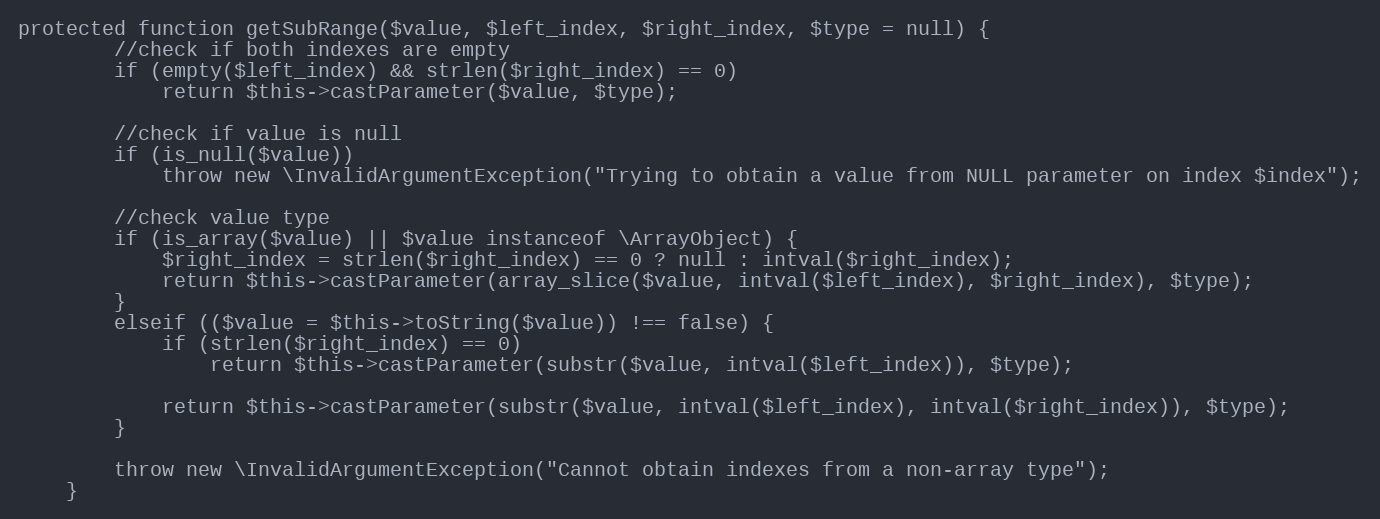
Language: PHP
protected function getSubRange($value, $left_index, $right_index, $type = null) {
		//check if both indexes are empty
		if (empty($left_index) && strlen($right_index) == 0)
			return $this->castParameter($value, $type);

		//check if value is null
		if (is_null($value))
			throw new \InvalidArgumentException("Trying to obtain a value from NULL parameter on index $index");

		//check value type
		if (is_array($value) || $value instanceof \ArrayObject) {
			$right_index = strlen($right_index) == 0 ? null : intval($right_index);
			return $this->castParameter(array_slice($value, intval($left_index), $right_index), $type);
		}
		elseif (($value = $this->toString($value)) !== false) {
			if (strlen($right_index) == 0)
				return $this->castParameter(substr($value, intval($left_index)), $type);

			return $this->castParameter(substr($value, intval($left_index), intval($right_index)), $type);
		}

		throw new \InvalidArgumentException("Cannot obtain indexes from a non-array type");
	}